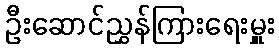
ဦးဆောင်ညွှန်ကြားရေးမှူး